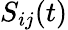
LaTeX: S_{ij}(t)